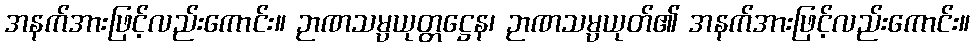
အနက်အားဖြင့်လည်းကောင်း။ ဉာဏသမ္ပယုတ္တဋ္ဌေန၊ ဉာဏသမ္ပယုတ်၏ အနက်အားဖြင့်လည်းကောင်း။